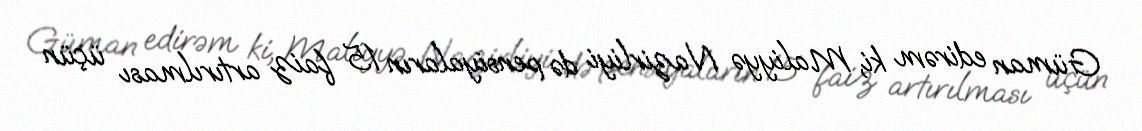
Güman edirəm ki, Maliyyə Nazirliyi də pensiyaların 15 faiz artırılması üçün